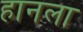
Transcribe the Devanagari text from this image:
हानला